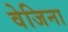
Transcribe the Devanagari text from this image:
वेजिना